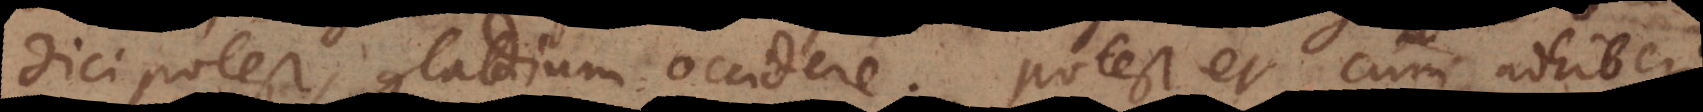
dici potest, gladium occidere. Potest et cum adhiberi